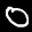
Label: 0